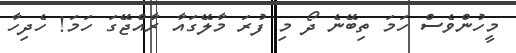
މީހުންވެސް ހަމަ ތިބޭނެ ދޯ މި ފުރަ މާލޭގައާ ރާއްޖޭގަ ހަމަ! ހެދިހާ